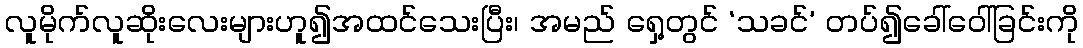
လူမိုက်လူဆိုးလေးများဟူ၍အထင်သေးပြီး၊ အမည် ရှေ့တွင် ‘သခင်’ တပ်၍ခေါ်ဝေါ်ခြင်းကို